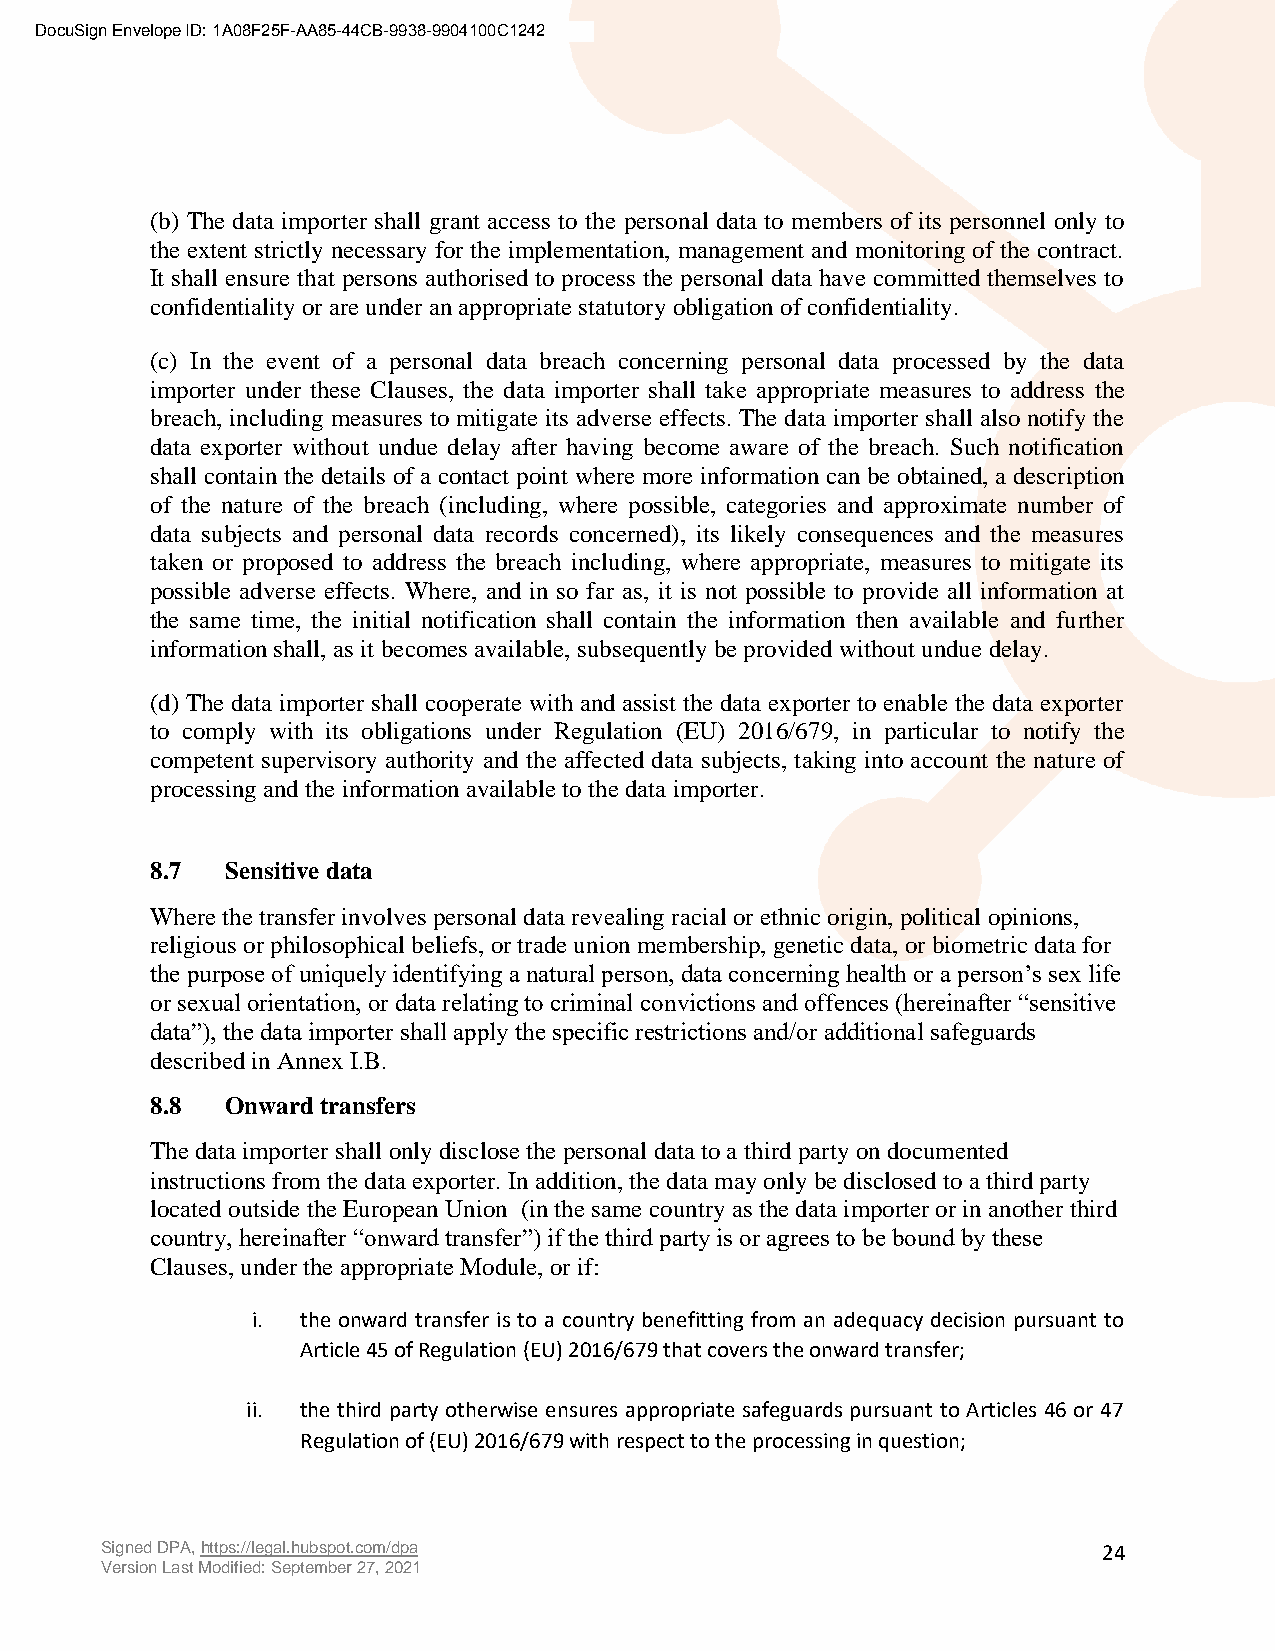
DocuSign Envelope ID: 1A08F25F-AA85-44CB-9938-9904100C1242
 (b) The data importer shall grant access to the personal data to members of its personnel only to
 the extent strictly necessary for the implementation, management and monitoring of the contract.
 It shall ensure that persons authorised to process the personal data have committed themselves to
 confidentiality or are under an appropriate statutory obligation of confidentiality.
 (c) In the event of a personal data breach concerning personal data processed by the data
 importer under these Clauses, the data importer shall take appropriate measures to address the
 breach, including measures to mitigate its adverse effects. The data importer shall also notify the
 data exporter without undue delay after having become aware of the breach. Such notification
 shall contain the details of a contact point where more information can be obtained, a description
 of the nature of the breach (including, where possible, categories and approximate number of
 data subjects and personal data records concerned), its likely consequences and the measures
 taken or proposed to address the breach including, where appropriate, measures to mitigate its
 possible adverse effects. Where, and in so far as, it is not possible to provide all information at
 the same time, the initial notification shall contain the information then available and further
 information shall, as it becomes available, subsequently be provided without undue delay.
 (d) The data importer shall cooperate with and assist the data exporter to enable the data exporter
 to comply with its obligations under Regulation (EU) 2016/679, in particular to notify the
 competent supervisory authority and the affected data subjects, taking into account the nature of
 processing and the information available to the data importer.
 8.7  Sensitive data
 Where the transfer involves personal data revealing racial or ethnic origin, political opinions,
 religious or philosophical beliefs, or trade union membership, genetic data, or biometric data for
 the purpose of uniquely identifying a natural person, data concerning health or a person’s sex life
 or sexual orientation, or data relating to criminal convictions and offences (hereinafter “sensitive
 data”), the data importer shall apply the specific restrictions and/or additional safeguards
 described in Annex I.B.
 8.8  Onward transfers
 The data importer shall only disclose the personal data to a third party on documented
 instructions from the data exporter. In addition, the data may only be disclosed to a third party
 located outside the European Union (in the same country as the data importer or in another third
 country, hereinafter “onward transfer”) if the third party is or agrees to be bound by these
 Clauses, under the appropriate Module, or if:
 i. the onward transfer is to a country benefitting from an adequacy decision pursuant to
 Article 45 of Regulation (EU) 2016/679 that covers the onward transfer;
 ii. the third party otherwise ensures appropriate safeguards pursuant to Articles 46 or 47
 Regulation of (EU) 2016/679 with respect to the processing in question;
 Signed DPA, https://legal.hubspot.com/dpa                         24
 Version Last Modified: September 27, 2021